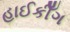
હાઈકીઁગ